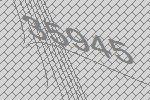
35945